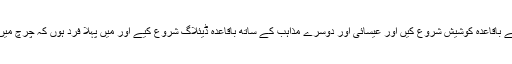
جب میں اوسلو آیا تھا تب ہی سے میں نے مذہبی رواداری اور مفاہمت کے لیے باقاعدہ کوشیش شروع کیں اور عیسائی اور دوسرے مذاہب کے ساتھ باقاعدہ ڈیئلاگ شروع کیے اور میں پہلا فرد ہوں کہ چرچ میں جا کر مسلم امام کے طور پر نہ صرف نمائیندگی کی بلکہ لیکچر بھی دیے ۔